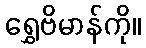
ရွှေဗိမာန်ကို။